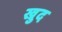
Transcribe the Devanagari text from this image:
ख्रुद